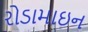
રોડામાઇન